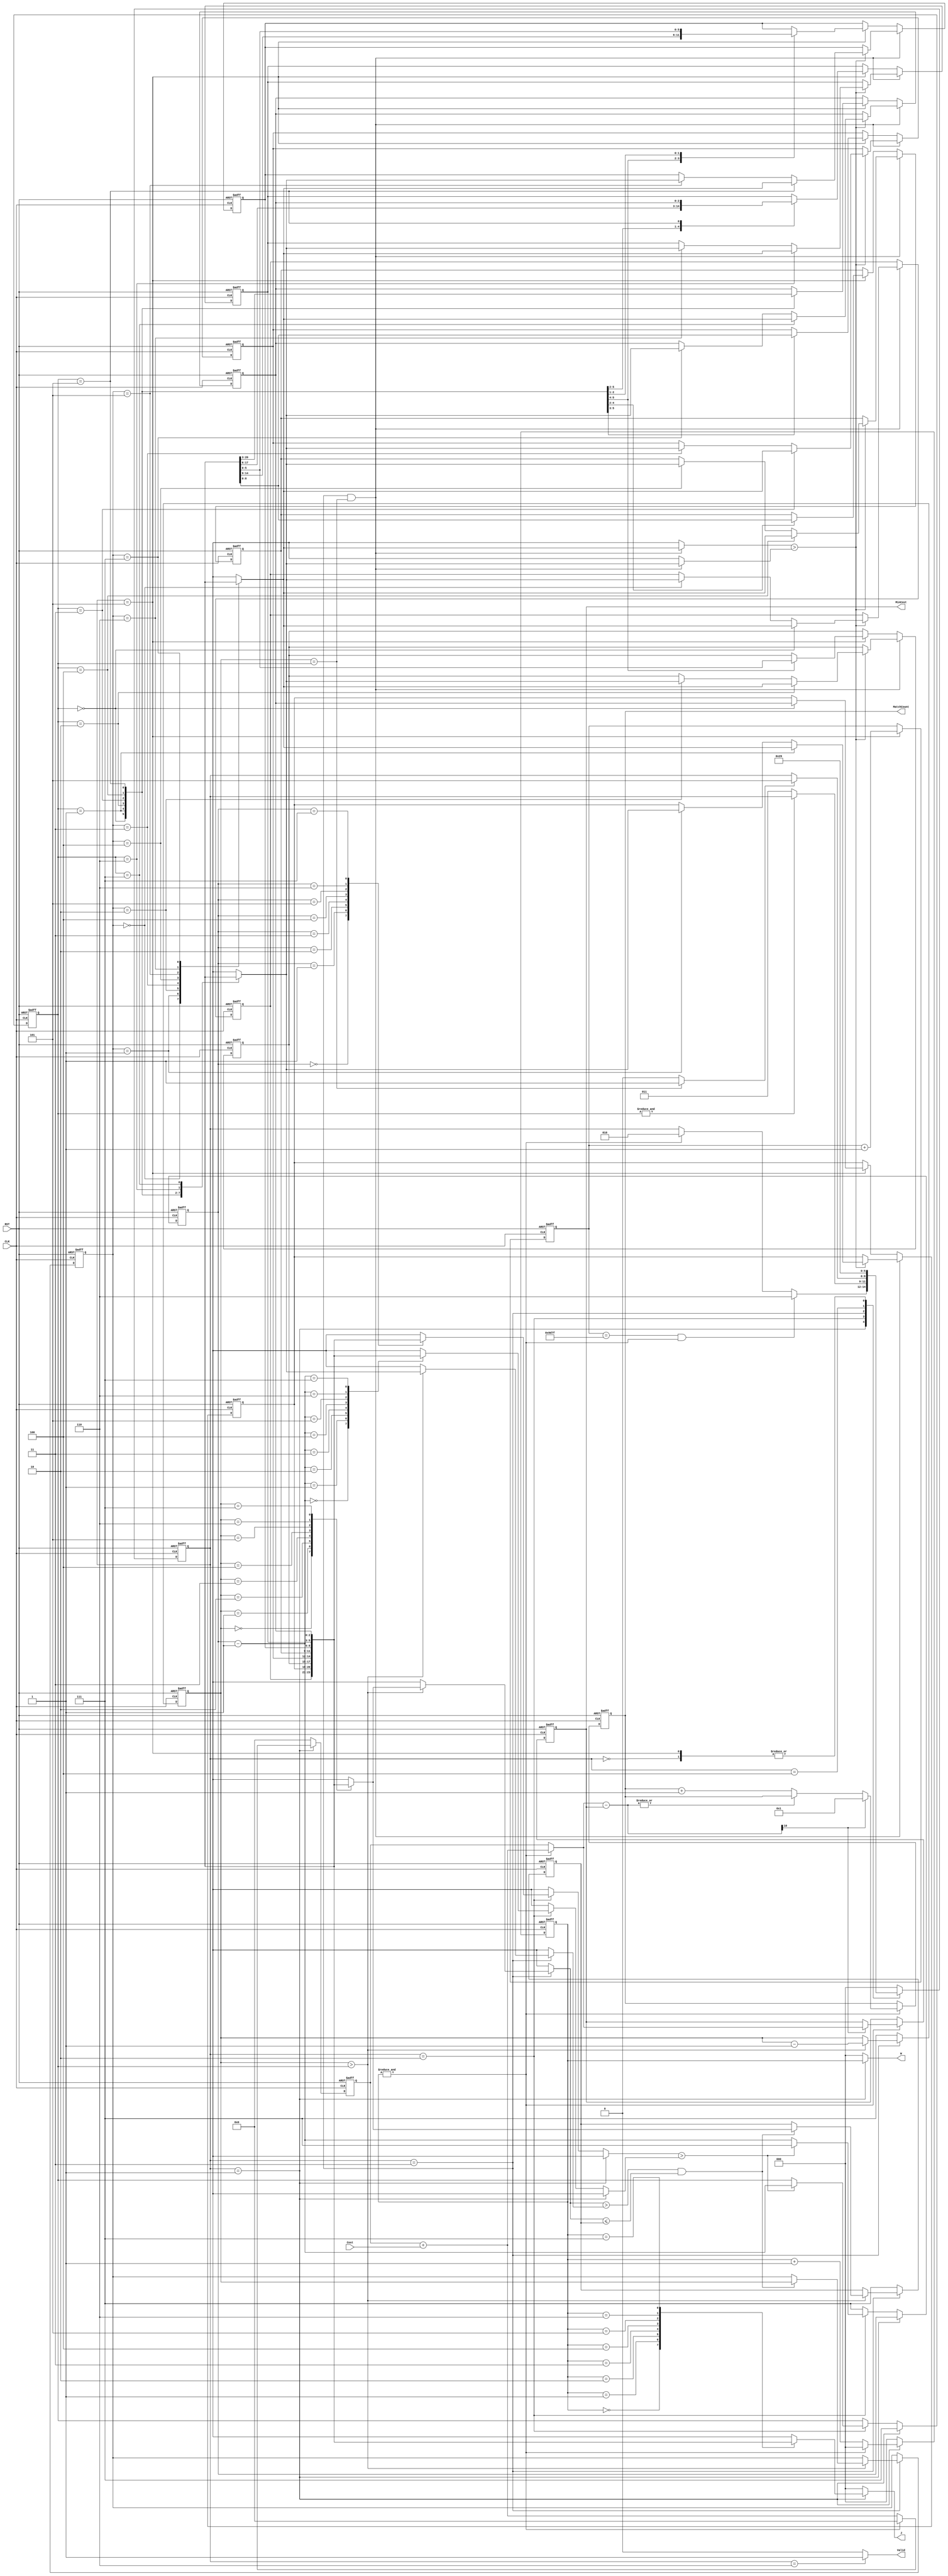
module JAM (
input CLK,
input RST,
output reg [2:0] W,
output reg [2:0] J,
input [6:0] Cost,
output reg [3:0] MatchCount,
output reg [9:0] MinCost,
output Valid );


parameter S_IDLE = 3'd0,
          S_CACULATE = 3'd1,
          S_FIND_RP = 3'd2,
          S_FIND_MIN = 3'd3,
          S_CHANGE_RP = 3'd4,
          S_DSEQ = 3'd5,
          S_FINISH = 3'd6;


wire find_rp, find_min;
wire [9:0] total;
wire [2:0] index;
wire [10:0] diff;
reg [2:0] state, n_state;
reg [15:0] seq_cnt;
reg [2:0] w_seq [0:7];
reg [2:0] caculate_cnt;
reg [2:0] rp;
reg [2:0] min;
reg [2:0] min_pointer;
reg [9:0] sum;
reg [2:0] pointer;
reg [2:0] min_record;

assign index = caculate_cnt;
assign diff = total - MinCost;
assign Valid = (state == S_FINISH)? 1'b1 : 1'b0;
assign find_rp = (~&rp)?1'b1:1'b0;
assign find_min = (min_pointer==rp)?1'b1:1'b0;
assign total = (&caculate_cnt)? sum+Cost : sum;

always@(posedge CLK or posedge RST)begin
    if(RST)begin
        state <= S_IDLE;
    end
    else begin
        state <= n_state;
    end
end
always@(*)begin
    case(state)
        S_IDLE:n_state = S_CACULATE;
        S_CACULATE:begin
            if(seq_cnt == 16'd40319 && &caculate_cnt)begin
                n_state = S_FINISH;
            end
            else if(&caculate_cnt)begin
                n_state = S_FIND_RP;
            end
            else begin
                n_state = state;
            end
        end
        S_FIND_RP:begin
            if(find_rp)begin
                n_state = S_FIND_MIN;
            end
            else begin
                n_state = state;
            end
        end
        S_FIND_MIN:begin
            if(find_min)begin
                n_state = S_DSEQ;
            end
            else begin
                n_state = state;
            end
        end
        S_CHANGE_RP: n_state = S_DSEQ;
        S_DSEQ:n_state = S_CACULATE;
	  S_FINISH: n_state = S_IDLE;
        default:n_state = S_IDLE;
    endcase
end

always@(posedge CLK or posedge RST)begin
    if(RST)begin
        w_seq[0] <= 3'd0;
        w_seq[1] <= 3'd1;
        w_seq[2] <= 3'd2;
        w_seq[3] <= 3'd3;
        w_seq[4] <= 3'd4;
        w_seq[5] <= 3'd5;
        w_seq[6] <= 3'd6;
        w_seq[7] <= 3'd7;
    end
    // change rp
    else if(state == S_FIND_MIN && min_pointer == rp)begin
        if(w_seq[min_record]>w_seq[rp])begin
            w_seq[min_record] <= w_seq[rp];
            w_seq[rp] <= w_seq[min_record];
        end
        else begin
        end
    end
    else if(state == S_DSEQ)begin
        case(rp)
            3'd0:begin
                w_seq[1] <= w_seq[7];
                w_seq[2] <= w_seq[6];
                w_seq[3] <= w_seq[5];
                w_seq[4] <= w_seq[4];
                w_seq[5] <= w_seq[3];
                w_seq[6] <= w_seq[2];
                w_seq[7] <= w_seq[1]; 
            end
            3'd1:begin
                w_seq[2] <= w_seq[7];
                w_seq[3] <= w_seq[6];
                w_seq[4] <= w_seq[5];
                w_seq[5] <= w_seq[4];
                w_seq[6] <= w_seq[3];
                w_seq[7] <= w_seq[2]; 
            end
            3'd2:begin
                w_seq[3] <= w_seq[7];
                w_seq[4] <= w_seq[6];
                w_seq[5] <= w_seq[5];
                w_seq[6] <= w_seq[4];
                w_seq[7] <= w_seq[3]; 
            end
            3'd3:begin
                w_seq[4] <= w_seq[7];
                w_seq[5] <= w_seq[6];
                w_seq[6] <= w_seq[5];
                w_seq[7] <= w_seq[4]; 
            end
            3'd4:begin
                w_seq[5] <= w_seq[7];
                w_seq[6] <= w_seq[6];
                w_seq[7] <= w_seq[5]; 
            end
            3'd5:begin
                w_seq[6] <= w_seq[7];
                w_seq[7] <= w_seq[6]; 
            end
        endcase
    end
end

// caculate cnt
always@(posedge CLK or posedge RST)begin
    if(RST)begin
        caculate_cnt <= 3'd0;
    end
    else if(state == S_CACULATE)begin
	  if(&caculate_cnt)begin
		caculate_cnt <= 3'd0;
	  end
	  else begin
		caculate_cnt <= caculate_cnt + 3'd1;
	  end
    end
    else begin
        caculate_cnt <= 3'd0;
    end
end

// W, J
always@(*)begin
    if(state == S_CACULATE)begin
	W = index;
	J = w_seq[index];
    end
    else begin
      W = 3'd0;
      J = 3'd0;
    end
end

always@(posedge CLK or posedge RST)begin
    if(RST)begin
        sum <= 10'd0;
    end
    else if(state == S_CACULATE)begin
        if(&caculate_cnt)begin
            sum <= 10'd0;
        end
        else begin
            sum <= sum + Cost;
        end
    end
    else begin
        sum <= 10'd0;
    end
end
always@(posedge CLK or posedge RST)begin
    if(RST)begin
        MinCost <= 10'd1023;
        MatchCount <= 4'd0;
    end
    else if(&caculate_cnt)begin
        if(diff[10])begin
            MinCost <= total;
            MatchCount <= 4'd1;
        end
	  else if(~|diff)begin
	      MinCost <= MinCost;
	      MatchCount <= MatchCount + 4'd1;
	  end
        else begin
            MinCost <= MinCost;
            MatchCount <= MatchCount;
        end
    end
    else begin
        MinCost <= MinCost;
        MatchCount <= MatchCount;
    end
end

// seq cnt
always@(posedge CLK or posedge RST)begin
    if(RST)begin
        seq_cnt <= 16'd0;
    end
    else if(state == S_DSEQ)begin
        seq_cnt <= seq_cnt + 16'd1;
    end
    else begin
    end
end

// compare

// find replace point
always@(posedge CLK or posedge RST)begin
    if(RST)begin
        pointer <= 3'd7;
        rp <= 3'd7;
    end
    else if(state == S_CACULATE)begin
	  rp <= 3'd7;
    end
    else if(state == S_FIND_RP)begin
        if(w_seq[pointer] > w_seq[pointer-3'd1])begin
            rp <= pointer - 3'd1;
            pointer <= 3'd7;
        end
        else begin
            rp <= rp;
            pointer <= pointer - 3'd1;
        end
    end
    else begin
        rp <= rp;
        pointer <= 3'd7;
    end
end

// find rp right-hand-side min
always@(posedge CLK or posedge RST)begin
    if(RST)begin
        min <= 3'd7;
        min_pointer <= 3'd7;
        min_record <= 3'd7;
    end
    else if(state == S_FIND_MIN)begin
        if(min_pointer > rp)begin
            min_pointer <= min_pointer -3'd1;
           if(w_seq[min_pointer] > w_seq[rp] && w_seq[min_pointer] <= min)begin
               min <= w_seq[min_pointer];
		   min_record <= min_pointer;
           end
           else begin
               min <= min;
           end
        end
        else begin
            min <= min;
        end
    end
    else begin
        min <= 3'd7;
	  min_pointer <= 3'd7;
    end
end


endmodule